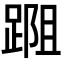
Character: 𨂀